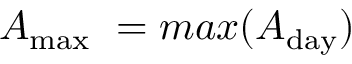
\ensuremath { A _ { \mathrm { m a x } } } \ = m a x ( A _ { \mathrm { d a y } } )